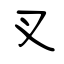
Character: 叉